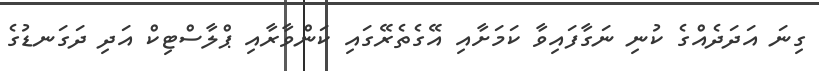
ގިނަ އަދަދެއްގެ ކުނި ނަގާފައިވާ ކަމަށާއި އޭގެތެރޭގައި ކަންވާރާއި ޕްލާސްޓިކް އަދި ދަގަނޑުގެ